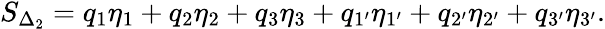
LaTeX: \begin{array}{r}{S_{\Delta_{2}}=q_{1}\eta_{1}+q_{2}\eta_{2}+q_{3}\eta_{3}+q_{1^{\prime}}\eta_{1^{\prime}}+q_{2^{\prime}}\eta_{2^{\prime}}+q_{3^{\prime}}\eta_{3^{\prime}}.}\end{array}